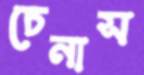
চেনাস